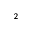
_ { 2 }